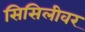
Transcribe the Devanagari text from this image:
सिसिलीवर